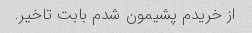
از خریدم پشیمون شدم بابت تاخیر.